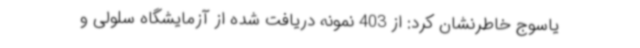
یاسوج خاطرنشان کرد: از 403 نمونه دریافت شده از آزمایشگاه سلولی و